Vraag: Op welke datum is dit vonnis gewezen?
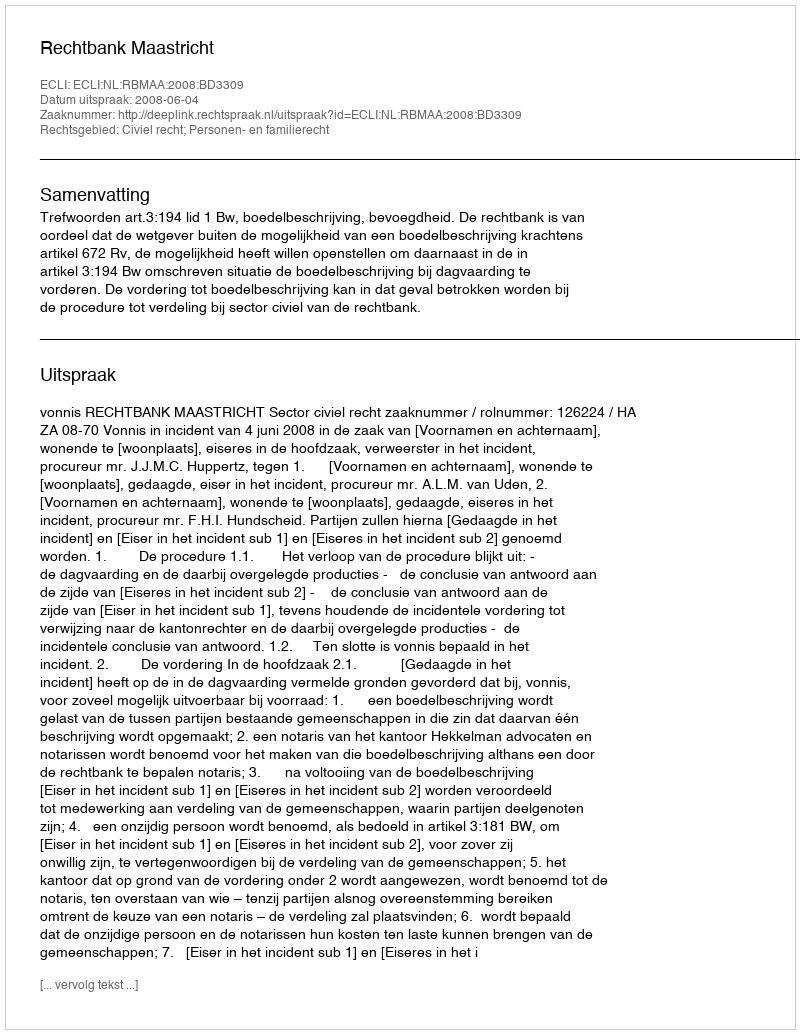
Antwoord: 2008-06-04